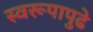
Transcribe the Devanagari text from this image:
स्वरूपापुढे